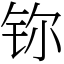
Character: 鿭